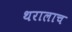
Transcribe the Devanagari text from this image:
थरालाच